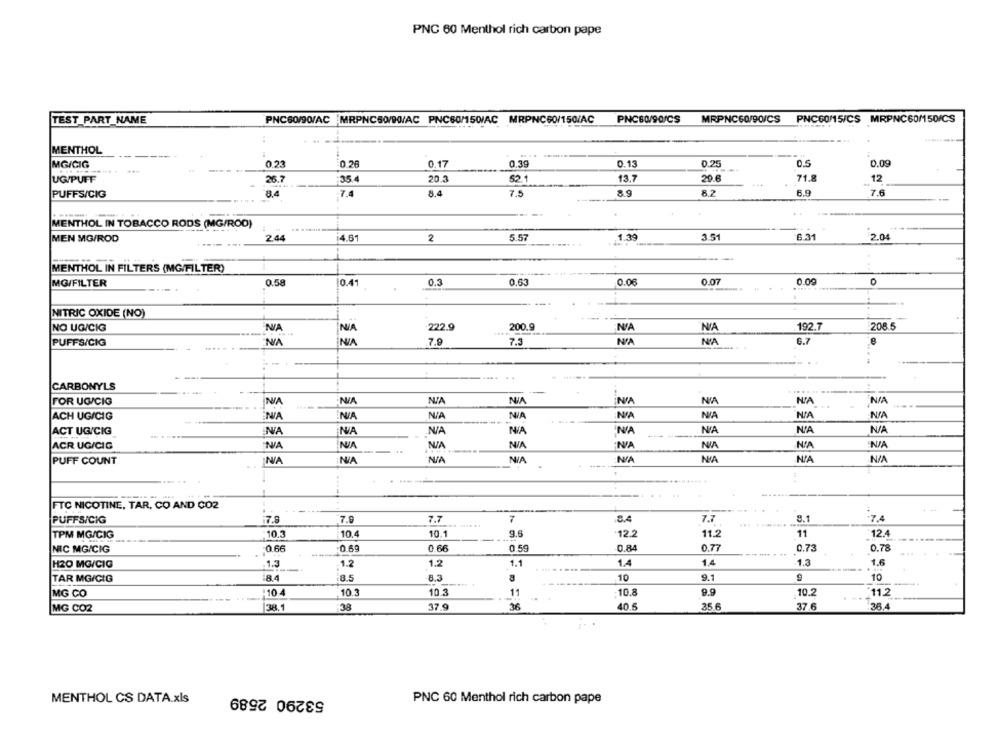
PNC 60 Menthol rich carbon pape
MRPNC60/90/CS PNC60/15/CS MRPNC60M150/CS
TEST PART_NAME
PNC60/90/AC MRPNC50/90/AC PNC60/150/AC MRPNC60/150/AC
PNCBQ/90/CS
MENTHOL
MG/CIG
0.23
0.26
0.17
0.39
0.13
0.25
0.5
0.09
UG/PUFF
26.7
35.4
20.3
52.1
13.7
20.6
71.8
12
PUFFS/CIG
8.4
.7.4
8.4
7.5
8.9
8.2
6.9
7.6
MENTHOL IN TOBACCO RODS (MG/ROD)
MEN MG/ROD
244
4.61
2
5.57
1.39
351
6.31
2.0
MENTHOL IN FILTERS (MG/FILTER)
MG/FILTER
0.58
0.41
0.3
0.63
0.06
0.07
0.00
NITRIC OXIDE (NO)
NO UG/CIG
222.9
200.9
192.7
208.5
NA
PUFFS/CIG
7.9
7.3
NA
NA
6.7
CARBONYLS
NIA
NIA
NIA
NA
FOR UGICIG
ACH UG/CIG
NA
NA
NA
NA
ACT UG/CIG
NA
NA
NA
ACR UG/CIG
NIA
PUFF COUNT
NIA
NA
NIA
....
FTC NICOTINE, TAR, CO AND CO2
PUFFS/CIG
17.8
7.9
7.7
7
8.4
7.7
8.1
.7.4
TPM MG/GIG
10.4
10.1
9.6
12.2
11.2
11
12.4
NIC MG/CIG
0.66
0.69
0.66
0.59
0.84
0.77
0.73
0.78
H20 MG/CIG
.1.3
1.2
1.2
1.1
1.4
1.3
1.6
TAR MG/CIG
8.4
8.5
8.3
10
9.1
9
10
MG CO
1104
10.3
10.3
11
10.8
9.9
10.2
11.2
MG CO2
38.1
38
37.9
36
40.5
35.6
37.6
36.4
53290 2589
MENTHOL CS DATA.xls
PNC 60 Menthol rich carbon pape